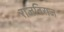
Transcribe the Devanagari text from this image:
राजबिराज